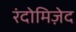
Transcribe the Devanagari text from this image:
रंदोमिज़ेद